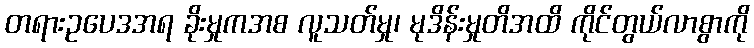
တရားဥပေဒအရ ခိုးမှုကအစ လူသတ်မှု၊ မုဒိန်းမှုတိအထိ ကိုင်တွယ်လာစွာကို